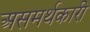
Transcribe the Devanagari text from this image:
असमर्थकारी